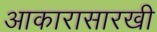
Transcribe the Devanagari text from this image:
आकारासारखी